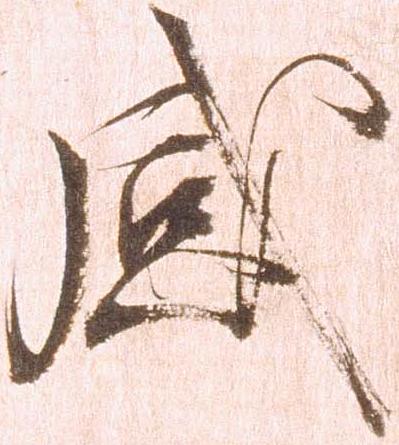
感